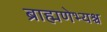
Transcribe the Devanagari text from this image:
ब्राह्मणेभ्यश्च